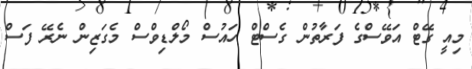
މިއީ ގޭޓް އަވޭސްގެ ފަރާތުން ގެސްޓް ހައުސް މޯލްޑިވްސް މެގަޒިން ނެރޭ ފަސް